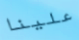
علينا